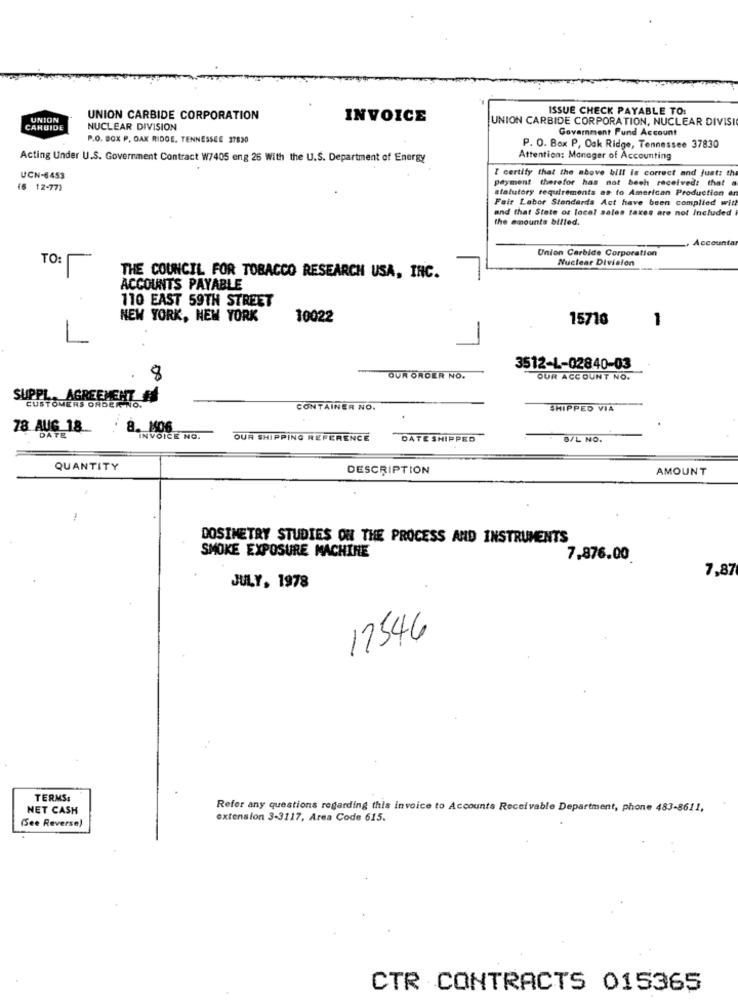
ISSUE CHECK PAYABLE TO:
UNION
UNION CARBIDE CORPORATION
INVOICE
UNION CARBIDE CORPORATION, NUCLEAR DIVISI
CARBIDE
NUCLEAR DIVISION
Government Pund Account
P.O. BOX P, OAK RIDGE. TENNESSEE 37820
P. O. Box P, Oak Ridge, Tennessee 37830
Acting Under U.S. Government Contract W7405 eng 26 With the U.S. Department of Energy
Attention: Manager of Accounting
I certify that the above bill is correct and Just: th
UCN-6453
payment therefor has not bech received: that
(6 12-77)
statutory requirements as to American Production ar
Fair Labor Standards Act have been complied wit
and that State of local sales taxes are not Included
the amounta billed.
Accounta
Union Carbide Corporation
Nuclear Division
TO:
THE COUNCIL FOR TOBACCO RESEARCH USA, INC.
ACCOUNTS PAYABLE
110 EAST 59TH STREET
NEW YORK, NEW YORK
10022
15716
1
3512-L-02840-03
8
OUR ORDER NO.
OUR ACCOUNT NO.
SUPPL, AGREEMENT #8
CUSTOMERS ORDER NO.
CONTAINER NO.
SHIPPED VIA
78 AUG 18_
8. 806
DATE
INVOICE NO.
OUR SHIPPING REFERENCE
DATE SHIPPED
B/L NO.
QUANTITY
DESCRIPTION
AMOUNT
DOSIMETRY STUDIES ON THE PROCESS AND INSTRUMENTS
SMOKE EXPOSURE MACHINE
7.876.00
7,87
JULY, 1978
17546
TERMS:
NET CASH
Refer any questions regarding this invoice to Accounts Receivable Department, phone 483-8611,
(See Reverse)
extension 3-3117, Area Code 615.
CTR CONTRACTS 015365